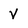
Character: V